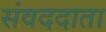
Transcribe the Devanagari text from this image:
संवददाता